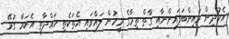
އެކުދިން މައިންބަފައިންނާއި ގާތް ތިމާގެ މީހުން ލައްވައި އެތަކެތި ހައްދާތީ އެކަމާ ގުޅޭ